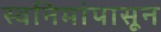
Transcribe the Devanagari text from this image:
स्वनिमांपासून